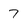
Character: 7